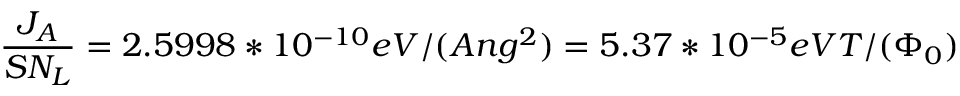
\frac { J _ { A } } { S N _ { L } } = 2 . 5 9 9 8 * 1 0 ^ { - 1 0 } e V / ( A n g ^ { 2 } ) = 5 . 3 7 * 1 0 ^ { - 5 } e V T / ( \Phi _ { 0 } )